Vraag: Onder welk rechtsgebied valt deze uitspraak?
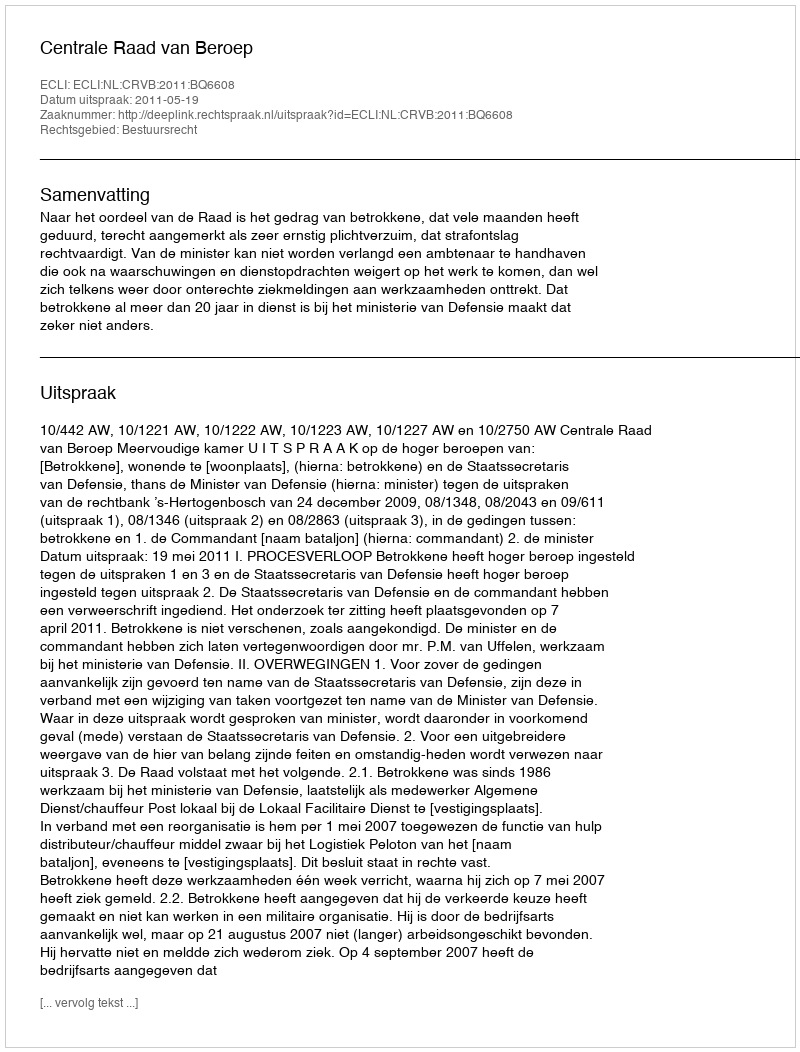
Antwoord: Bestuursrecht